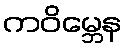
ကဝိမ္ဘေန